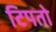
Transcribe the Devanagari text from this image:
टिपतो